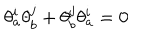
LaTeX: \theta _ { a } ^ { i } \theta _ { b } ^ { j } + \theta _ { b } ^ { j } \theta _ { a } ^ { i } = 0